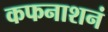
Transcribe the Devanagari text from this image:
कफनाशनं